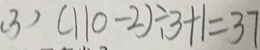
( 3 ) ( 1 1 0 - 2 ) \div 3 + 1 = 3 7